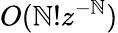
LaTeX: O(\mathbb{N}!z^{-\mathbb{N}})